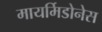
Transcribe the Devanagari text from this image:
मायर्मिडोनेस